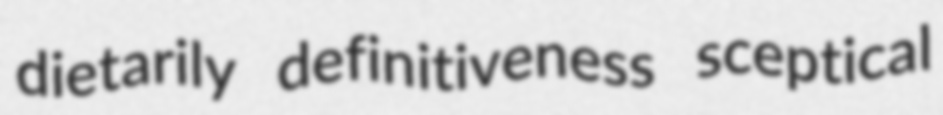
dietarily definitiveness sceptical